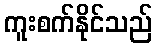
ကူးစက်နိုင်သည်